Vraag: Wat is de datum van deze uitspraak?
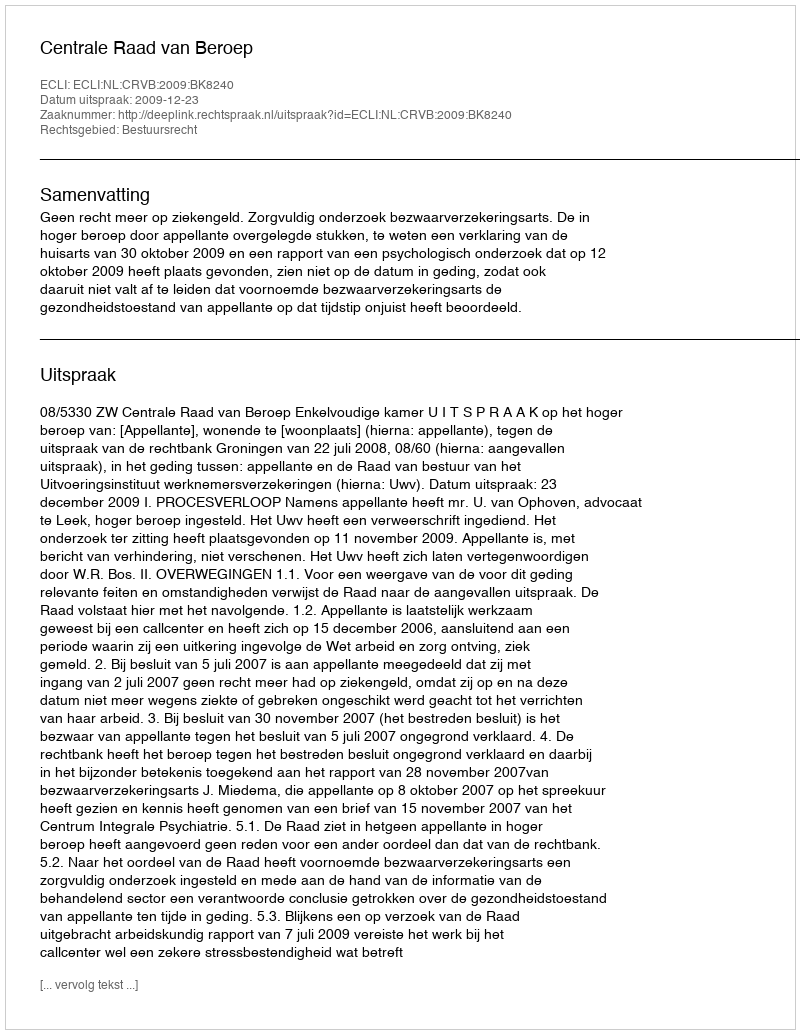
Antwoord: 2009-12-23